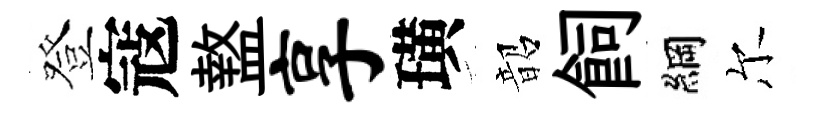
登寇盩享璜韶飼綱尔